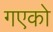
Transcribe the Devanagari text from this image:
गएको